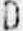
D